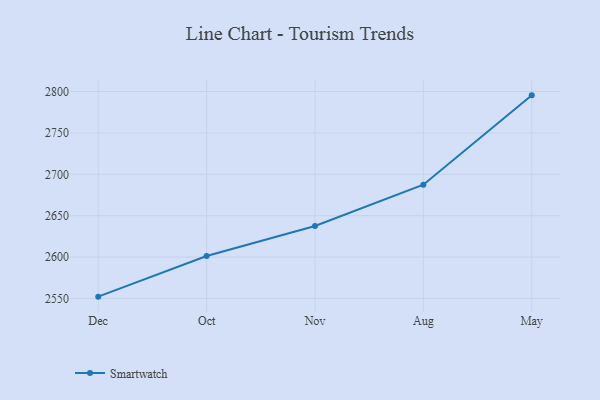
{"axis": {"x": "Month", "y": "Net Income (USD K)"}, "legend": ["Smartwatch"], "data": [{"x": "Dec", "y": 2552.2, "type": "Smartwatch"}, {"x": "Oct", "y": 2601.3, "type": "Smartwatch"}, {"x": "Nov", "y": 2637.5, "type": "Smartwatch"}, {"x": "Aug", "y": 2687.4, "type": "Smartwatch"}, {"x": "May", "y": 2795.4, "type": "Smartwatch"}]}